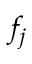
f _ { j }